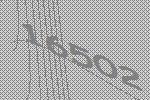
16502